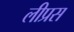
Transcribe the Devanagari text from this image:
लीप्रस